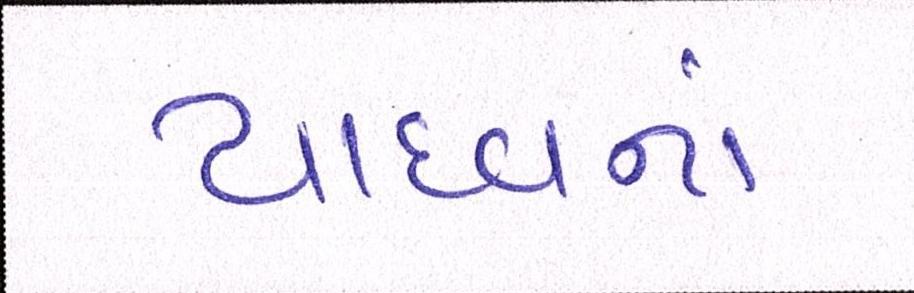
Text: યાદવનાં